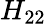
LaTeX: H_{22}